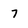
Character: 7